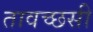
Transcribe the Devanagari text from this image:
तावच्छसी